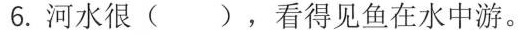
6.河水很( )，看得见鱼在水中游。